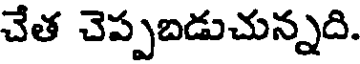
చేత చెప్పబడుచున్నది.